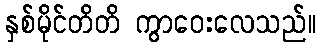
နှစ်မိုင်တိတိ ကွာဝေးလေသည်။